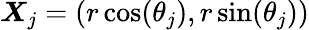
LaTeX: \boldsymbol X_{j}=(r\cos(\theta_{j}),r\sin(\theta_{j}))